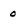
Character: 0